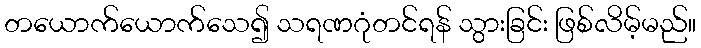
တယောက်ယောက်သေ၍ သရဏဂုံတင်ရန် သွားခြင်း ဖြစ်လိမ့်မည်။